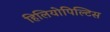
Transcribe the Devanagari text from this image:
हिलियोपिल्टिस